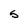
Character: S